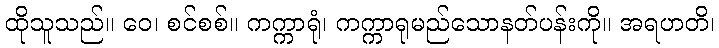
ထိုသူသည်။ ဝေ၊ စင်စစ်။ ကက္ကာရုံ၊ ကက္ကာရုမည်သောနတ်ပန်းကို။ အရဟတိ၊